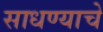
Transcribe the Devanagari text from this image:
साधण्‍याचे